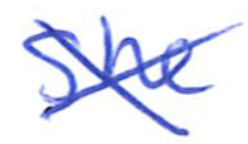
Text: She
Cross-out: cross
Writing tool: ballpoint